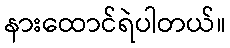
နားထောင်ရဲပါတယ်။